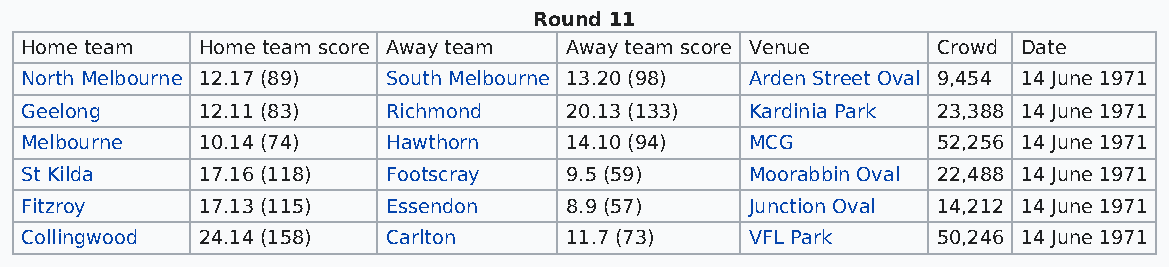
Round 11
 Home team   Home team score Away team Away team score Venue  Crowd Date
 North Melbourne 12.17 (89) South Melbourne 13.20 (98) Arden Street Oval 9,454 14 June 1971
 Geelong     12.11 (83)   Richmond   20.13 (133)  Kardinia Park 23,388 14 June 1971
 Melbourne   10.14 (74)   Hawthorn   14.10 (94)   MCG         52,256 14 June 1971
 St Kilda    17.16 (118)  Footscray  9.5 (59)     Moorabbin Oval 22,488 14 June 1971
 Fitzroy     17.13 (115)  Essendon   8.9 (57)     Junction Oval 14,212 14 June 1971
 Collingwood 24.14 (158)  Carlton    11.7 (73)    VFL Park    50,246 14 June 1971